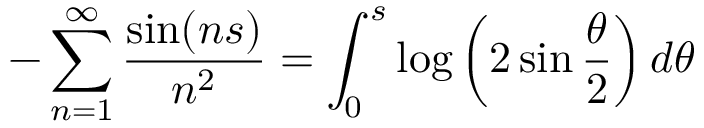
- \sum _ { n = 1 } ^ { \infty } \frac { \sin ( n s ) } { n ^ { 2 } } = \int _ { 0 } ^ { s } \log \left( 2 \sin \frac { \theta } { 2 } \right) d \theta